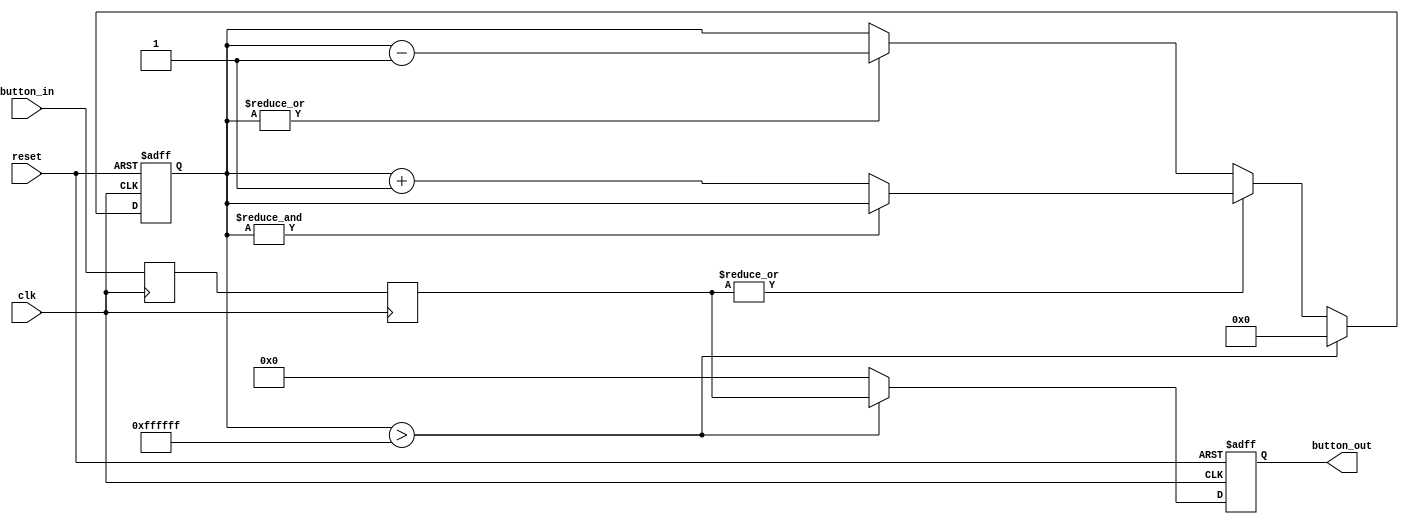
module debouncer
(input clk, // 100 Mhz clock source on Basys 3 FPGA
    input reset, // reset
    input [4:0] button_in, 
    output reg [4:0] button_out
);

localparam threshold = 24'hFFFFFF;
reg [26:0] counter; 


reg [4:0] button_d1, button_d2; 
always @ (posedge clk) 
begin
    button_d1 <= button_in;
    button_d2 <= button_d1;
end

always @(posedge clk or posedge reset)
    begin
        if(reset==1) begin
            counter <= 1;
            button_out <= 0;
        end
        else begin
            button_out <= 0;
            if (|button_d2) begin
                 if(~&counter) 
                     counter <= counter + 1;
            end
            else begin
                if (|counter) 
                    counter <= counter - 1;
            end
            if (counter > threshold) begin
                button_out <= button_d2;
                counter <= 0;
            end
        end
    end 
 

 endmodule